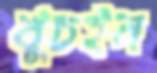
খুচইন